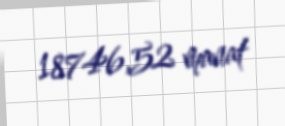
18746,52 manat